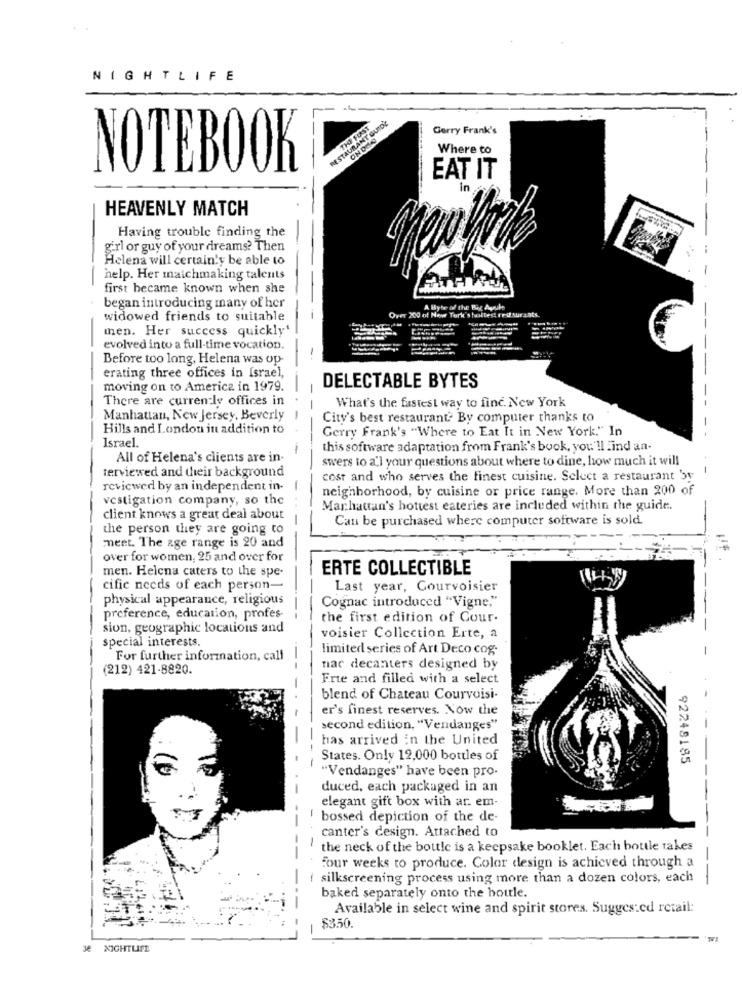
NIGHTLIFE
RESTAURANT GUIDE
THE FIRST
Gerry Frank's
ONDIE
Where to
NOTEBOOK
EAT IT
in
HEAVENLY MATCH
Having trouble finding the
girl or guy of your dreams? Then
Helena will certain'y be able to
help. Her maichmaking talents
first became known when she
began introducing many of her
Over 200 of New Tork's hoilest rrif turants.
A Byte of the Big Aule
widowed friends to suitable
men. Her success quickly'
evolved into a full-time vocation.
Before too long, Helena was op-
erating three offices in Israel,
DELECTABLE BYTES
-
moving on to America in 1979.
There are currently offices in
What's the fastest way to fine. New York
Manhattan, New Jersey, Beverly
City's best restaurant By computer thanks to
Hills and London in addition to
Gerry Frank's "Where to Eat It in New York." In
-- -
Israel.
this software adaptation from Frank's book, you'll Find an-
All of Helena's clients are in.
swers to a'l your questions about where to dine, how much it will
terviewed and their background
-
cost and who serves the finest cuisine. Select a restaurant 'sy
reviewed by an independent in-
-
neighborhood, by cuisine or price range. More than 200 of
vestigation company, so the
Manhattan's hottest eateries are included within the guide.
client knows a great deal about
Can be purchased where computer software is sold.
the person they are going to
meet. The age range is 20 and
over for women, 25 and over for
men. Helena caters to the spe-
ERTE COLLECTIBLE
cific needs of each person-
Last year, Courvoisier
physical appearance, religious
Cognac introduced "Vigne,"
preference, education, profes-
the first edition of Cour.
sion, geographic locations and
special interests.
voisier Collection Erte, a
limited series of Art Deco cog.
For further information, call
(212) 421-8820.
--
nac decanters designed by
Frie and filled with a select
-
blend of Chateau Courvoisi-
er's finest reserves. Now the
second edition, "Vendanges"
--
has arrived in the United
States. Only 12,000 bottles of
92248185
"Vendanges" have been pro-
duced, each packaged in an
elegant gift box with ar. em-
bossed depiction of the de-
canter's design. Attached to
the neck of the bottle is a keepsake booklet. Each bottle takes
Four weeks to produce. Color design is achieved through a
i silkscreening process using more than a dozen colors, each
--
baked separately onto the bottle.
Available in select wine and spirit stores. Suggested retail:
$350.
36 NIGHTLIFE